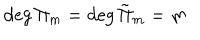
\deg \Pi _ { m } = \deg { \tilde { \Pi } } _ { m } = m